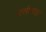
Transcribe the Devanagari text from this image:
ससीमता